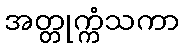
အတ္တုက္ကံသကာ